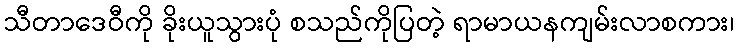
သီတာဒေဝီကို ခိုးယူသွားပုံ စသည်ကိုပြတဲ့ ရာမာယနကျမ်းလာစကား၊